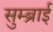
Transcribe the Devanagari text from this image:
सुम्ब्राई